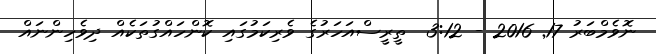
ނޮވެމްބަރު 17